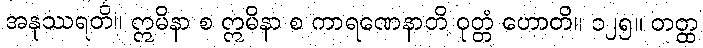
အနုဿရတိ။ ဣမိနာ စ ဣမိနာ စ ကာရဏေနာတိ ဝုတ္တံ ဟောတိ။ ၁၂၅။ တတ္ထ